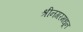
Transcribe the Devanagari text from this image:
श्रीनगरमधून